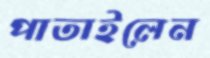
পাতাইলেন